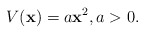
\begin{align*}V(\textbf{x})=a\textbf{x}^2,a>0.\end{align*}